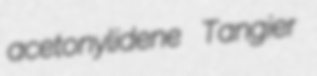
acetonylidene Tangier